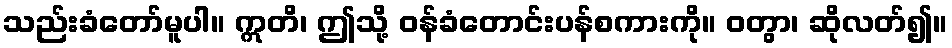
သည်းခံတော်မူပါ။ ဣတိ၊ ဤသို့ ဝန်ခံတောင်းပန်စကားကို။ ဝတွာ၊ ဆိုလတ်၍။